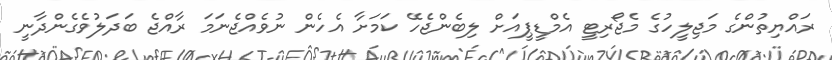
ރައްޔިތުންގެ މަޖިލީހުގެ މެޖޯރިޓީ އެމްޑީޕީއަށް ލިބެންޖެހޭ ކަމަށާ އެހެން ނުވެއްޖެނަމަ ރާއްޖެ ބަދަލުވެގެންދާނީ